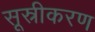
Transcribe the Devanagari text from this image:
सूस्रीकरण